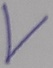
Text: V